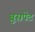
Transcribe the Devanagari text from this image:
ब्रुसपेट